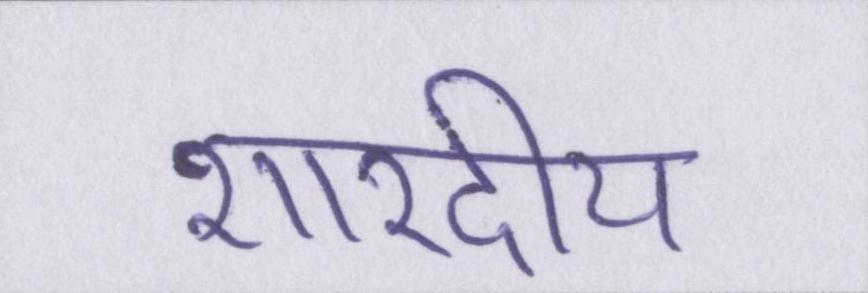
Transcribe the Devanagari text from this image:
शारदीय